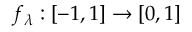
f _ { \lambda } : [ - 1 , 1 ] \to [ 0 , 1 ]